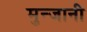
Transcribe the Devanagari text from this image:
मुन्जानी